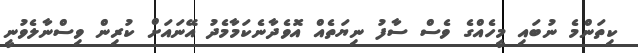
ކިތަންމެ ނުބައި މީހެއްގެ ވެސް ސާފު ނިޔަތެއް އޮވެދާނެކަމާމެދު އޭނައަށް ކުރިން ވިސްނާލެވުނީ